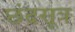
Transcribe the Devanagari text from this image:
छंदसूत्र